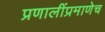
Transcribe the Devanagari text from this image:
प्रणालींप्रमाणेच